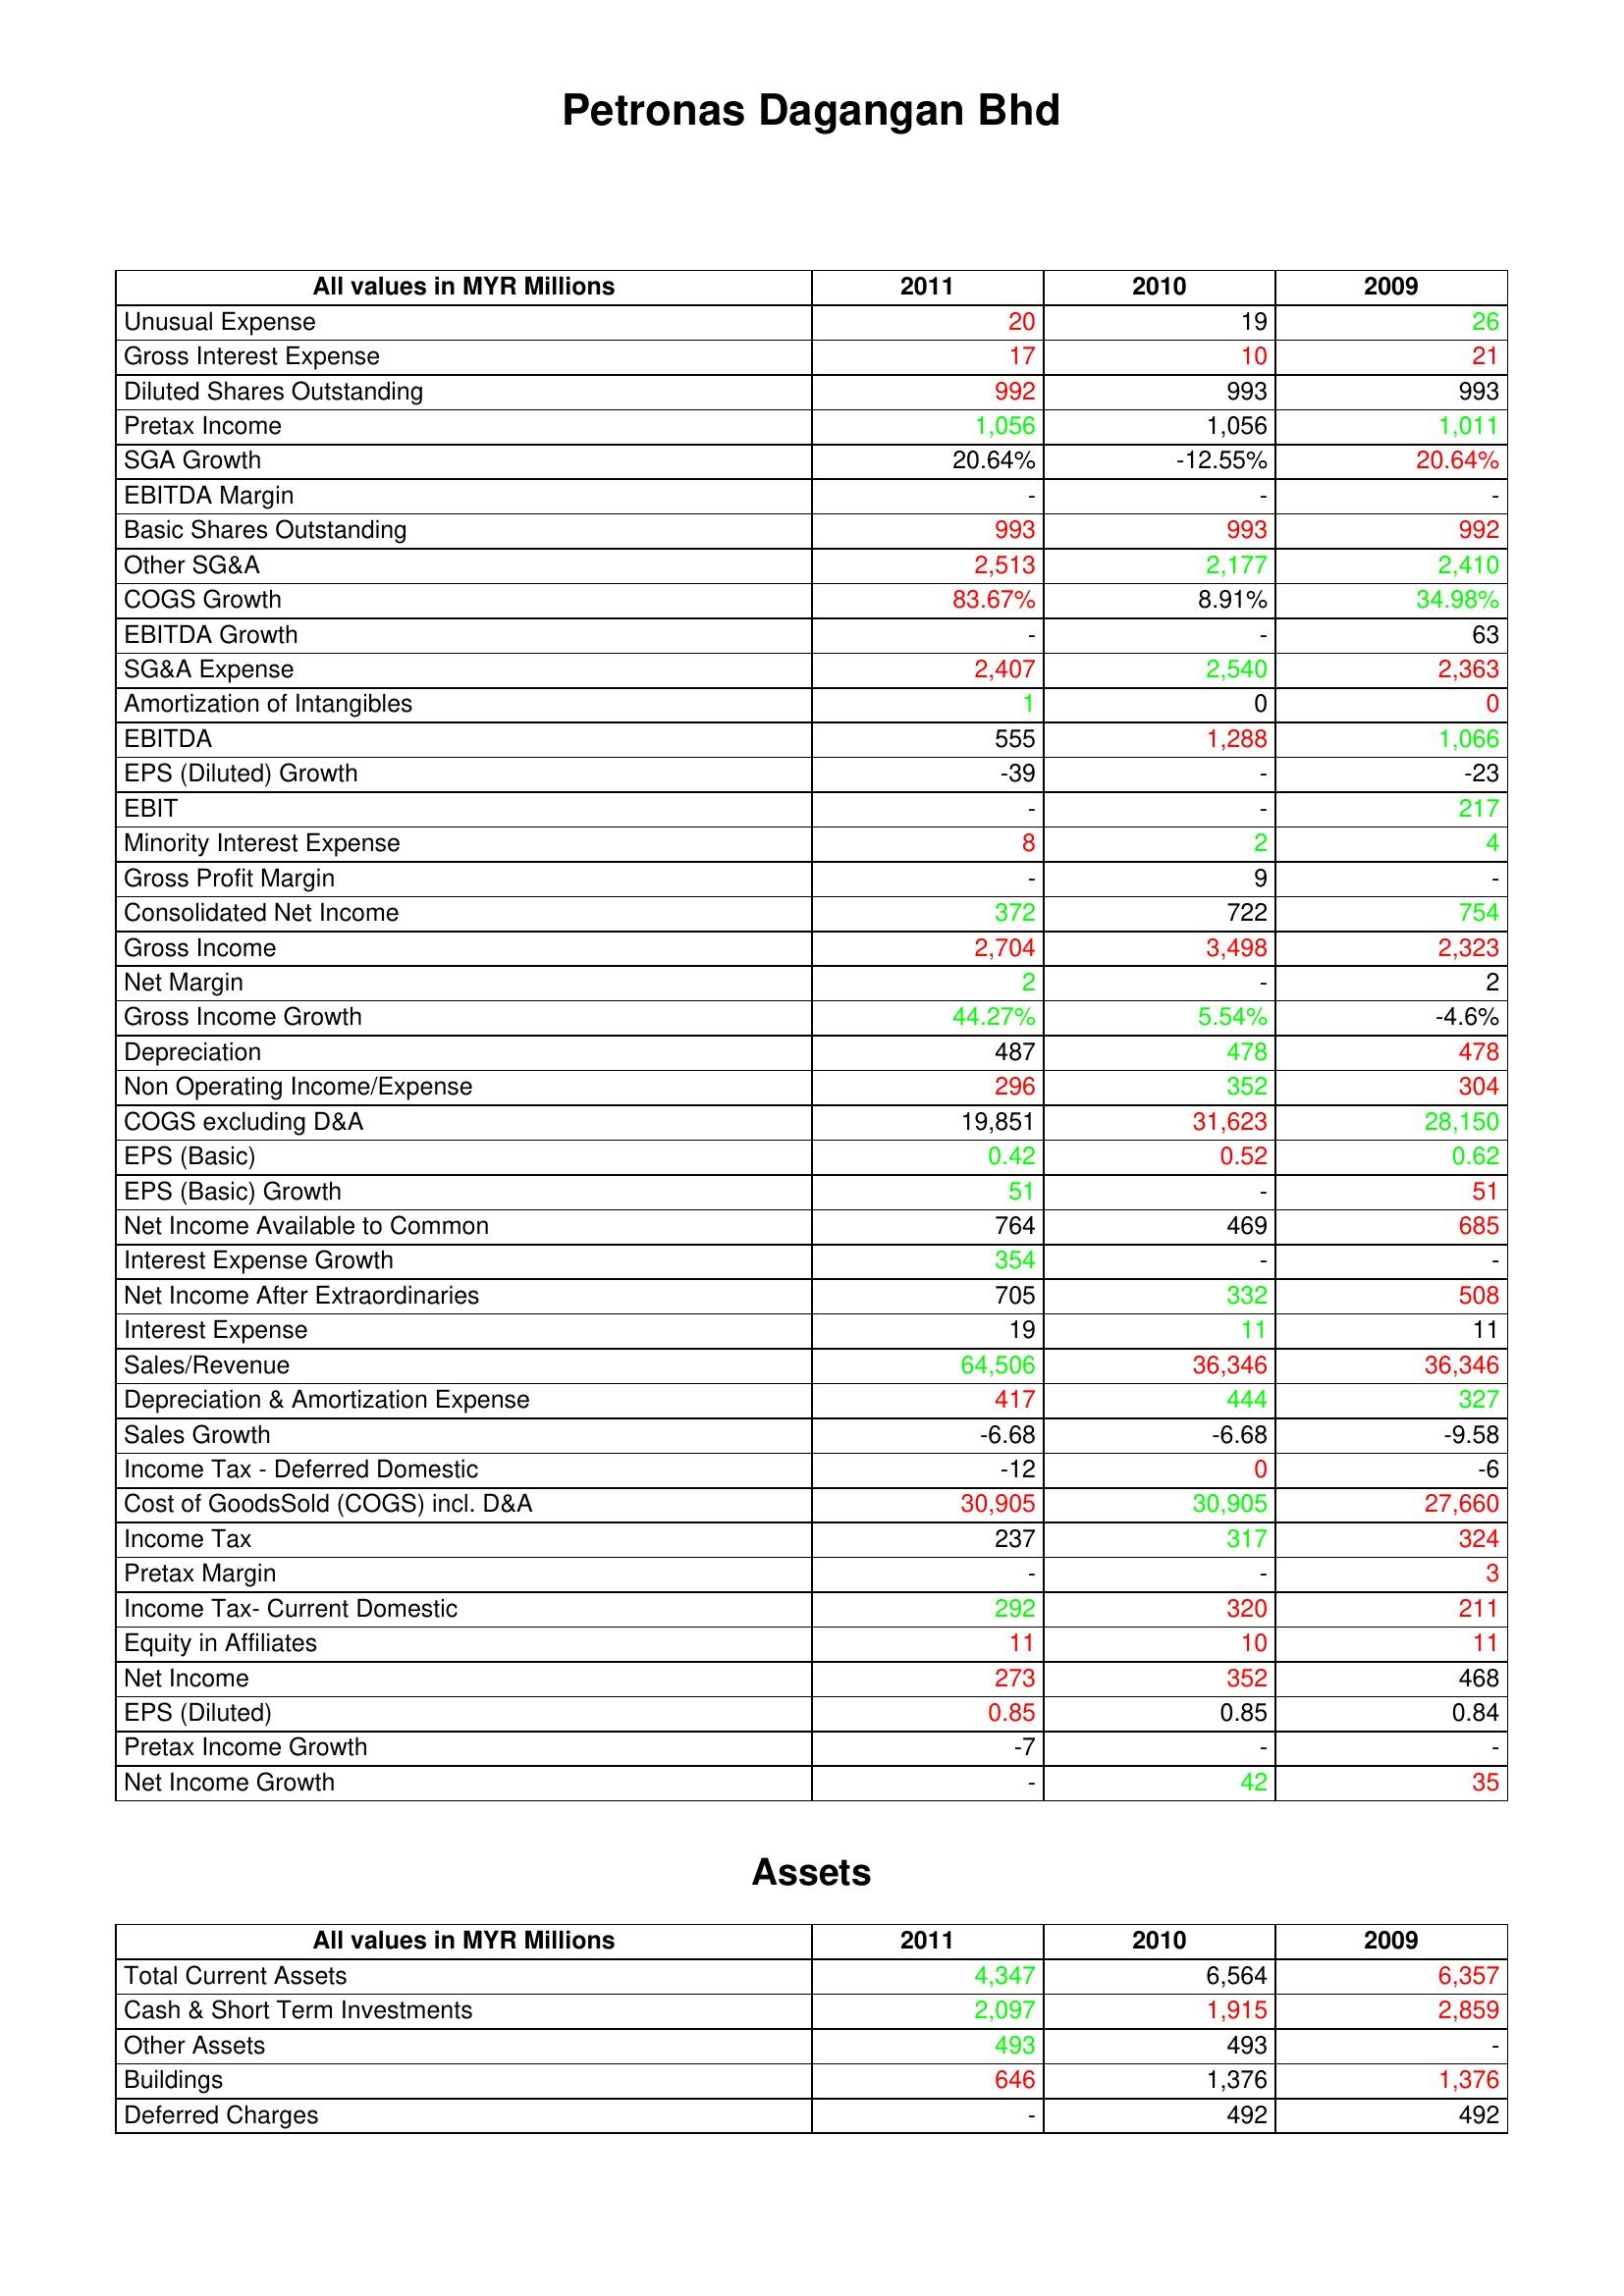
gt_parse: 2011: : Unusual Expense: 20
Gross Interest Expense: 17
Diluted Shares Outstanding: 992
Pretax Income: 1,056
SGA Growth: 20.64%
EBITDA Margin: -
Basic Shares Outstanding: 993
Other SG&A: 2,513
COGS Growth: 83.67%
EBITDA Growth: -
SG&A Expense: 2,407
Amortization of Intangibles: 1
EBITDA: 555
EPS (Diluted) Growth: -39
EBIT: -
Minority Interest Expense: 8
Gross Profit Margin: -
Consolidated Net Income: 372
Gross Income: 2,704
Net Margin: 2
Gross Income Growth: 44.27%
Depreciation: 487
Non Operating Income/Expense: 296
COGS excluding D&A: 19,851
EPS (Basic): 0.42
EPS (Basic) Growth: 51
Net Income Available to Common: 764
Interest Expense Growth: 354
Net Income After Extraordinaries: 705
Interest Expense: 19
Sales/Revenue: 64,506
Depreciation & Amortization Expense: 417
Sales Growth: -6.68
Income Tax - Deferred Domestic: -12
Cost of GoodsSold (COGS) incl. D&A: 30,905
Income Tax: 237
Pretax Margin: -
Income Tax- Current Domestic: 292
Equity in Affiliates: 11
Net Income: 273
EPS (Diluted): 0.85
Pretax Income Growth: -7
Net Income Growth: -
Assets: Total Current Assets: 4,347
Cash & Short Term Investments: 2,097
Other Assets: 493
Buildings: 646
Deferred Charges: -
2010: : Unusual Expense: 19
Gross Interest Expense: 10
Diluted Shares Outstanding: 993
Pretax Income: 1,056
SGA Growth: -12.55%
EBITDA Margin: -
Basic Shares Outstanding: 993
Other SG&A: 2,177
COGS Growth: 8.91%
EBITDA Growth: -
SG&A Expense: 2,540
Amortization of Intangibles: 0
EBITDA: 1,288
EPS (Diluted) Growth: -
EBIT: -
Minority Interest Expense: 2
Gross Profit Margin: 9
Consolidated Net Income: 722
Gross Income: 3,498
Net Margin: -
Gross Income Growth: 5.54%
Depreciation: 478
Non Operating Income/Expense: 352
COGS excluding D&A: 31,623
EPS (Basic): 0.52
EPS (Basic) Growth: -
Net Income Available to Common: 469
Interest Expense Growth: -
Net Income After Extraordinaries: 332
Interest Expense: 11
Sales/Revenue: 36,346
Depreciation & Amortization Expense: 444
Sales Growth: -6.68
Income Tax - Deferred Domestic: 0
Cost of GoodsSold (COGS) incl. D&A: 30,905
Income Tax: 317
Pretax Margin: -
Income Tax- Current Domestic: 320
Equity in Affiliates: 10
Net Income: 352
EPS (Diluted): 0.85
Pretax Income Growth: -
Net Income Growth: 42
Assets: Total Current Assets: 6,564
Cash & Short Term Investments: 1,915
Other Assets: 493
Buildings: 1,376
Deferred Charges: 492
2009: : Unusual Expense: 26
Gross Interest Expense: 21
Diluted Shares Outstanding: 993
Pretax Income: 1,011
SGA Growth: 20.64%
EBITDA Margin: -
Basic Shares Outstanding: 992
Other SG&A: 2,410
COGS Growth: 34.98%
EBITDA Growth: 63
SG&A Expense: 2,363
Amortization of Intangibles: 0
EBITDA: 1,066
EPS (Diluted) Growth: -23
EBIT: 217
Minority Interest Expense: 4
Gross Profit Margin: -
Consolidated Net Income: 754
Gross Income: 2,323
Net Margin: 2
Gross Income Growth: -4.6%
Depreciation: 478
Non Operating Income/Expense: 304
COGS excluding D&A: 28,150
EPS (Basic): 0.62
EPS (Basic) Growth: 51
Net Income Available to Common: 685
Interest Expense Growth: -
Net Income After Extraordinaries: 508
Interest Expense: 11
Sales/Revenue: 36,346
Depreciation & Amortization Expense: 327
Sales Growth: -9.58
Income Tax - Deferred Domestic: -6
Cost of GoodsSold (COGS) incl. D&A: 27,660
Income Tax: 324
Pretax Margin: 3
Income Tax- Current Domestic: 211
Equity in Affiliates: 11
Net Income: 468
EPS (Diluted): 0.84
Pretax Income Growth: -
Net Income Growth: 35
Assets: Total Current Assets: 6,357
Cash & Short Term Investments: 2,859
Other Assets: -
Buildings: 1,376
Deferred Charges: 492